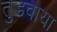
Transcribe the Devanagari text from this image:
तुडवाया